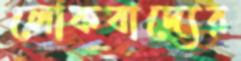
লোকবাদ্যের